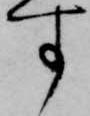
す